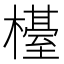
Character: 𣜉